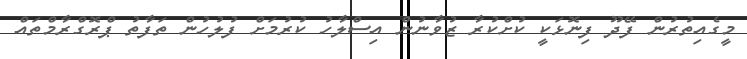
މީގެއިތުރުން ފޭދޫ ފިނޮޅަކީ ކުށްކުރާ ޒުވާނުން އިސްލާހު ކުރުމަށް ފުލުހުން ތަފާތު ޕްރޮގްރާމްތައް